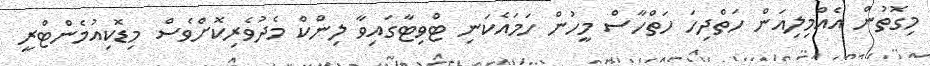
މިގޮތުން އެއްމިލިއަން ހަތްދިހަ ހަތްހާސް މީހުން ހަމައެކަނި ޓްވިޓާގައިވާ ލިންކް މެދުވެރިކޮށްވެސް މިޑޮކިއުމެންޓްރީ